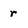
Character: r